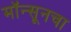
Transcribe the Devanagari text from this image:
मॉन्सूनचा